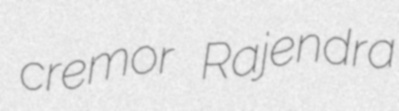
cremor Rajendra